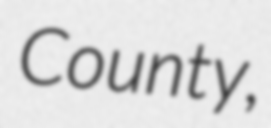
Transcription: County,